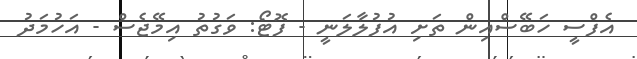
އެފްސީ ހަބޭސްއިން ތަށި އުފުލާލަނީ - ފޮޓޯ: ވަގުތު އިމޭޖެސް - އަހުމަދު